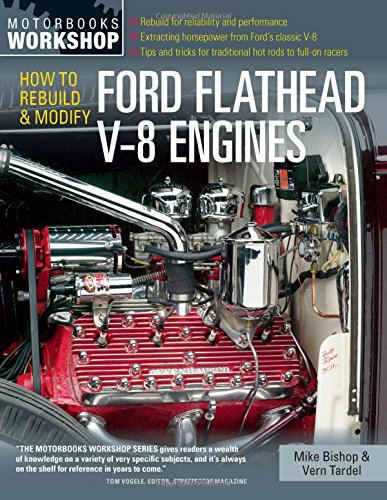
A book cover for How to Rebuild & Modify Ford Flathead V-8 Engines (Motorbooks Workshop); Mike Bishop; Engineering & Transportation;